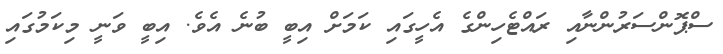
ސްޕޮންސަރުންނާއި ރައްޓެހިންގެ އެހީގައި ކަމަށް އިބީ ބުނެ އެވެ. އިބީ ވަނީ މިކަމުގައި